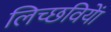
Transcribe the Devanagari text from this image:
लिच्छवियाें